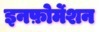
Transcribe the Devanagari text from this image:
इनफ़ोर्मेशन